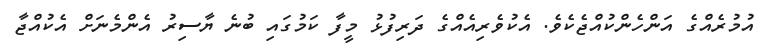
އުމުރެއްގެ އަންހެންކުއްޖެކެވެ. އެކުވެރިއެއްގެ ދަރިފުޅު މީފާ ކަމުގައި ބުނެ ޔާސިރު އެންމެނަށް އެކުއްޖާ